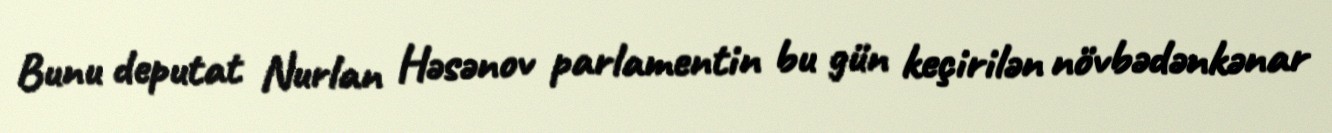
Bunu deputat Nurlan Həsənov parlamentin bu gün keçirilən növbədənkənar